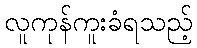
လူကုန်ကူးခံရသည့်